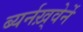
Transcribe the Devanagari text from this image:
ब्यर्नख़्वेर्ने